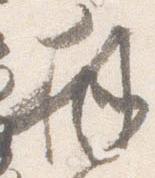
拝